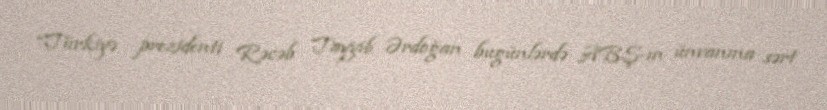
“Türkiyə prezidenti Rəcəb Tayyib Ərdoğan bugünlərdə ABŞ-ın ünvanına sərt